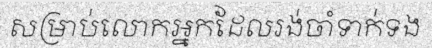
សម្រាប់លោកអ្នកដែលរង់ចាំទាក់ទង